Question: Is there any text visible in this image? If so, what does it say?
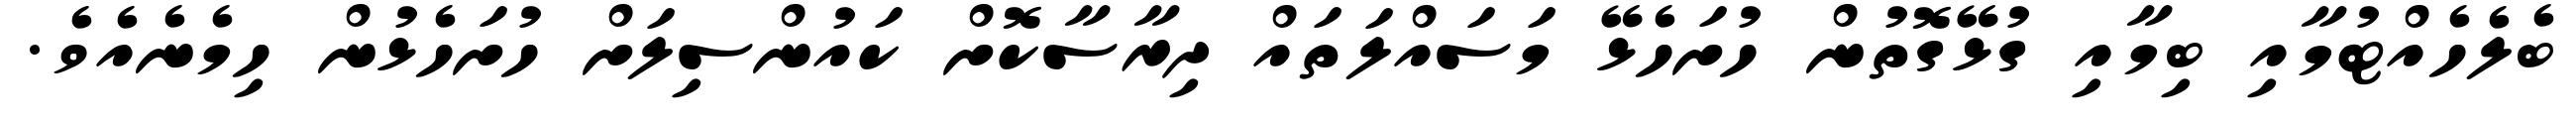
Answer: ބެލެހެއްޓުމާއި ބިމާއި ގުޅޭގޮތުން ހުށަހެޅޭ މަސައްލަތައް ދިރާސާކޮށް ކައުންސިލަށް ހުށަހެޅުން ހިމެނެއެވެ.